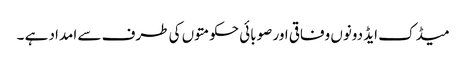
میڈک ایڈ دونوں وفاقی اور صوبائی حکومتوں کی طرف سے امداد ہے ۔